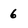
Character: 6